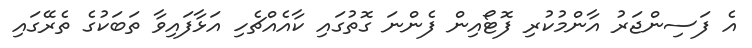
އެ ފަސިންޖަރު އާންމުކުރި ފޮޓޯއިން ފެންނަ ގޮތުގައި ކާއެއްޗެހި އަޅާފައިވާ ތަބަކުގެ ތެރޭގައި